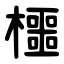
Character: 櫮